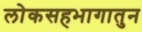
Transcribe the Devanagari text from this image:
लोकसहभागातुन